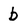
Character: b